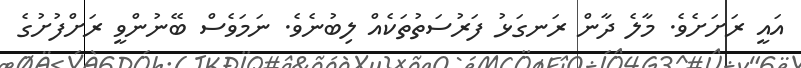
އައީ ރަށަށެވެ. މާލެ ދާން ރަނގަޅު ފަރުސަތުތަކެއް ލިބުނެވެ. ނަމަވެސް ބޭނުންވީ ރަށްފުށުގެ